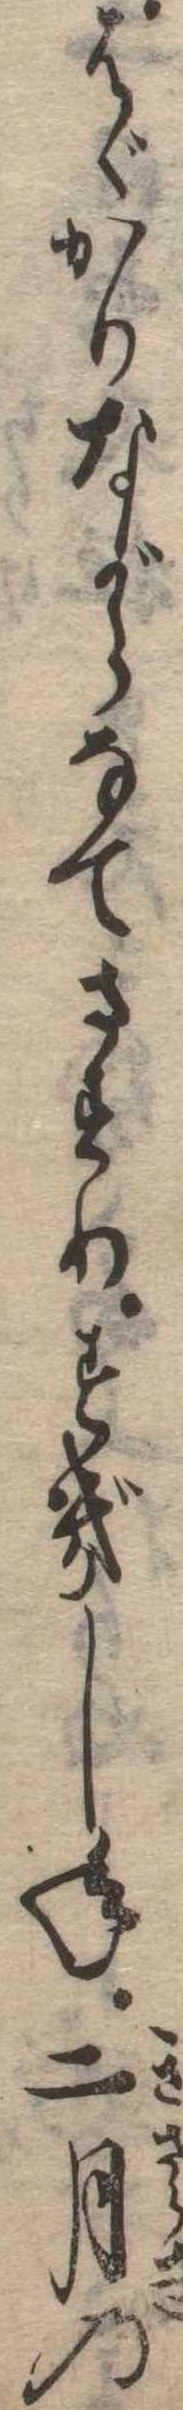
はゞかりながらなてさすりすぎし年二月の